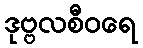
ဒုဗ္ဗလစီဝရေ